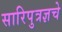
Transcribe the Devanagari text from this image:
सारिपुत्रज्ञचे